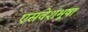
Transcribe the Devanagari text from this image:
एसवेशभूषा